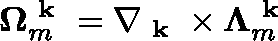
\mathbf { \Omega } _ { m } ^ { \textbf { k } } = \nabla _ { \textbf { k } } \times \mathbf { \Lambda } _ { m } ^ { \textbf { k } }